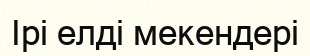
Ірі елді мекендері